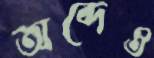
অব্দেও